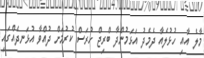
މާލެ އާއި ހުޅުލެއާ ދެމެދު އަޅަމުންދާ ބްރިޖް ހުރަސް ކުރުމަށް ދުއްވާ އުޅަނދެއްގައި